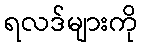
ရလဒ်များကို